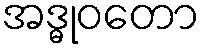
အဒ္ဓုဝတော